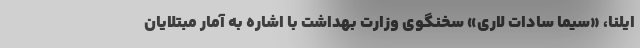
ایلنا، «سیما سادات لاری» سخنگوی وزارت بهداشت با اشاره به آمار مبتلایان